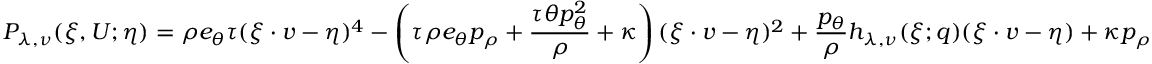
P _ { \lambda , \nu } ( \xi , U ; \eta ) = \rho e _ { \theta } \tau ( \xi \cdot v - \eta ) ^ { 4 } - \left( \tau \rho e _ { \theta } p _ { \rho } + \frac { \tau \theta p _ { \theta } ^ { 2 } } { \rho } + \kappa \right) ( \xi \cdot v - \eta ) ^ { 2 } + \frac { p _ { \theta } } { \rho } h _ { \lambda , \nu } ( \xi ; q ) ( \xi \cdot v - \eta ) + \kappa p _ { \rho }